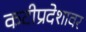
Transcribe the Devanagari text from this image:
कटीप्रदेशावर